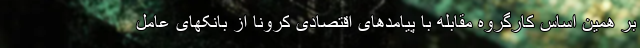
بر همین اساس کارگروه مقابله با پیامدهای اقتصادی کرونا از بانکهای عامل